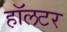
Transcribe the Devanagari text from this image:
हॉलटर